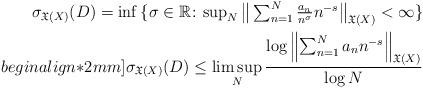
LaTeX: \begin{align*} \sigma_{\mathfrak{X}(X)}(D) = \inf{\{ \sigma \in \mathbb{R} \colon \mbox{$\sup_{N} \big\| \sum_{n=1}^{N}{\frac{a_{n}}{n^{\sigma}} n^{-s}}\big\|_{\mathfrak{X}(X)} < \infty$} \}}\\begin{align*}2mm] \sigma_{\mathfrak{X}(X)}(D) \leq \limsup_{N}{\frac{\log{\left\| \sum_{n=1}^{N}{a_{n} n^{-s}} \right\|_{\mathfrak{X}(X)} }}{\log{N}} } \end{align*}